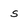
Character: s